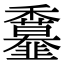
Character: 𩐖